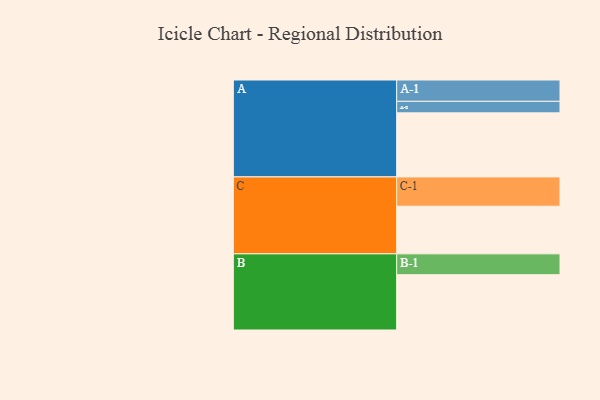
{"axis": {"x": "Segment", "y": "Value"}, "legend": ["", "A", "B", "C"], "data": [{"x": "A", "y": 577, "type": ""}, {"x": "B", "y": 498, "type": ""}, {"x": "C", "y": 429, "type": ""}, {"x": "A-1", "y": 192, "type": "A"}, {"x": "A-2", "y": 104, "type": "A"}, {"x": "B-1", "y": 188, "type": "B"}, {"x": "C-1", "y": 264, "type": "C"}]}